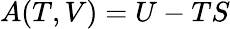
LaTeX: A(T,V)=U-TS